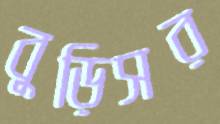
বুড়িসর